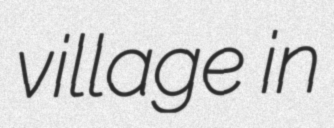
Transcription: village in